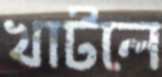
খাটলে